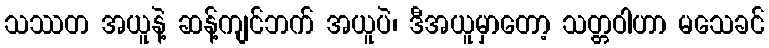
သဿတ အယူနဲ့ ဆန့်ကျင်ဘက် အယူပဲ၊ ဒီအယူမှာတော့ သတ္တဝါဟာ မသေခင်